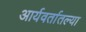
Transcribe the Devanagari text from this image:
आर्यवर्तातल्या